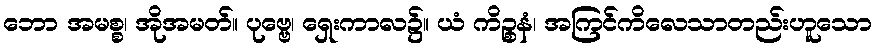
ဘော အမစ္စ၊ အိုအမတ်။ ပုဗ္ဗေ၊ ရှေးကာလ၌။ ယံ ကိဉ္စနံ၊ အကြင်ကိလေသာတည်းဟူသော